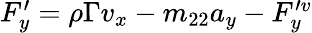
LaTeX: \begin{array}{r}{F_{y}^{\prime}=\rho\Gamma v_{x}-m_{22}a_{y}-F_{y}^{\prime v}}\end{array}